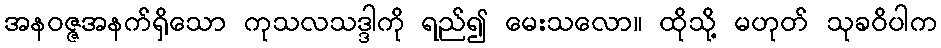
အနဝဇ္ဇအနက်ရှိသော ကုသလသဒ္ဒါကို ရည်၍ မေးသလော။ ထိုသို့ မဟုတ် သုခဝိပါက